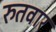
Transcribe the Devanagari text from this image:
रुतवार